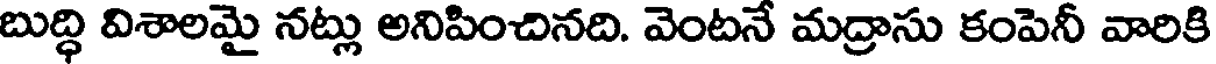
బుద్ధి విశాలమై నట్లు అనిపించినది. వెంటనే మద్రాసు కంపెనీ వారికి